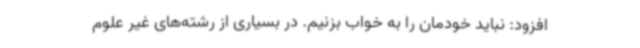
افزود: نباید خودمان را به خواب بزنیم. در بسیاری از رشته‌های غیر علوم